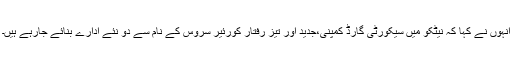
انہوں نے کہا کہ نیٹکو میں سیکورٹی گارڈ کمپنی،جدید اور تیز رفتار کورئیر سروس کے نام سے دو نئے ادارے بنائے جارہے ہیں۔